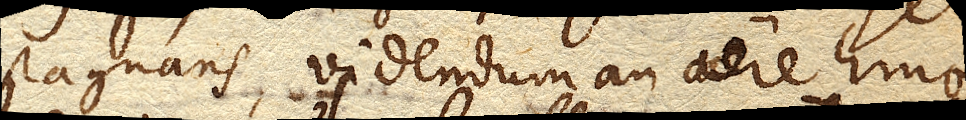
stagnans, videndum an aere hinc